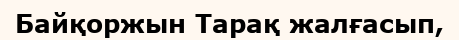
Байқоржын Тарақ жалғасып,